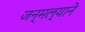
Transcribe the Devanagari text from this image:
जन्मल्याने